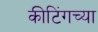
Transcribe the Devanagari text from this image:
कीटिंगच्या